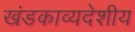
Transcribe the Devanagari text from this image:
खंडकाव्यदेशीय